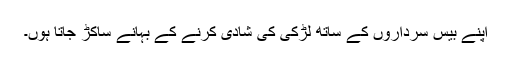
اپنے بیس سرداروں کے ساتھ لڑکی کی شادی کرنے کے بہانے ساکڑ جاتا ہوں۔